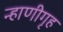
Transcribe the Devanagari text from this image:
न्हाणीगृह